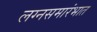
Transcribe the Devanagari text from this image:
लग्नसमारंभात